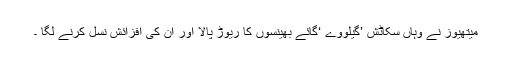
میتھیوز نے وہاں سکاٹش ’گیلووے ‘گائے بھینسوں کا ریوڑ پالا اور ان کی افزائش نسل کرنے لگا ۔